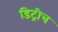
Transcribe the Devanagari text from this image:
डिट्रीच